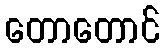
တောတောင်